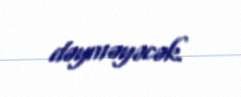
dəyməyəcək.